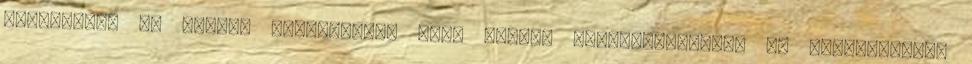
tanulóinak az orvosi vizsgálaton való pontos megjelenéséről. Az iskolaorvosi